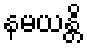
နမယန္တိ